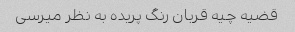
قضیه چیه قربان رنگ پریده به نظر میرسی